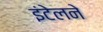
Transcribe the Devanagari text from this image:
इंटेलने